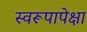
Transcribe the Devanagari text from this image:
स्वरूपापेक्षा